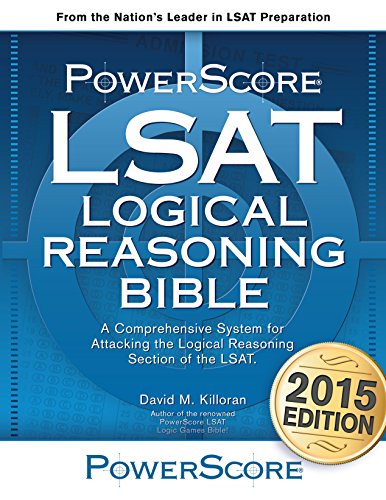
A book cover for The PowerScore LSAT Logical Reasoning Bible; David M. Killoran; Test Preparation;